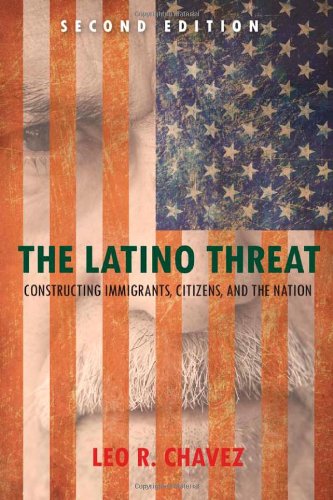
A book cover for The Latino Threat: Constructing Immigrants, Citizens, and the Nation, Second Edition; Leo Chavez; Politics & Social Sciences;